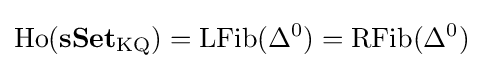
\operatorname {Ho} (\mathbf {sSet} _{\mathrm {KQ} })=\operatorname {LFib} (\Delta ^{0})=\operatorname {RFib} (\Delta ^{0})